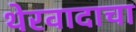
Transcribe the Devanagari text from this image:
थेरवादाचा